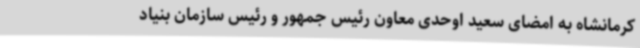
کرمانشاه به امضای سعید اوحدی معاون رئیس جمهور و رئیس سازمان بنیاد